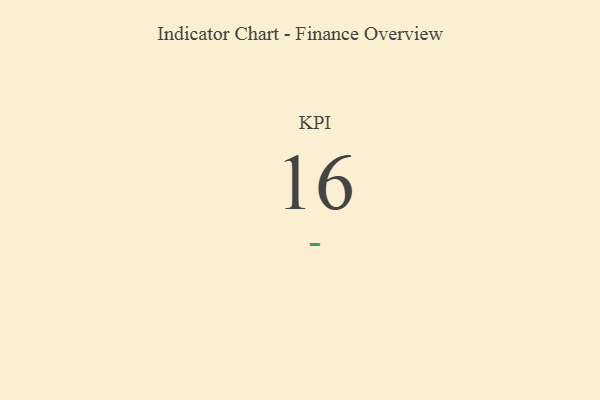
{"axis": {"x": "KPI", "y": "Value"}, "legend": [""], "data": [{"x": "KPI", "y": 16, "type": ""}]}